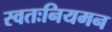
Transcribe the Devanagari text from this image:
स्वतःनियमन